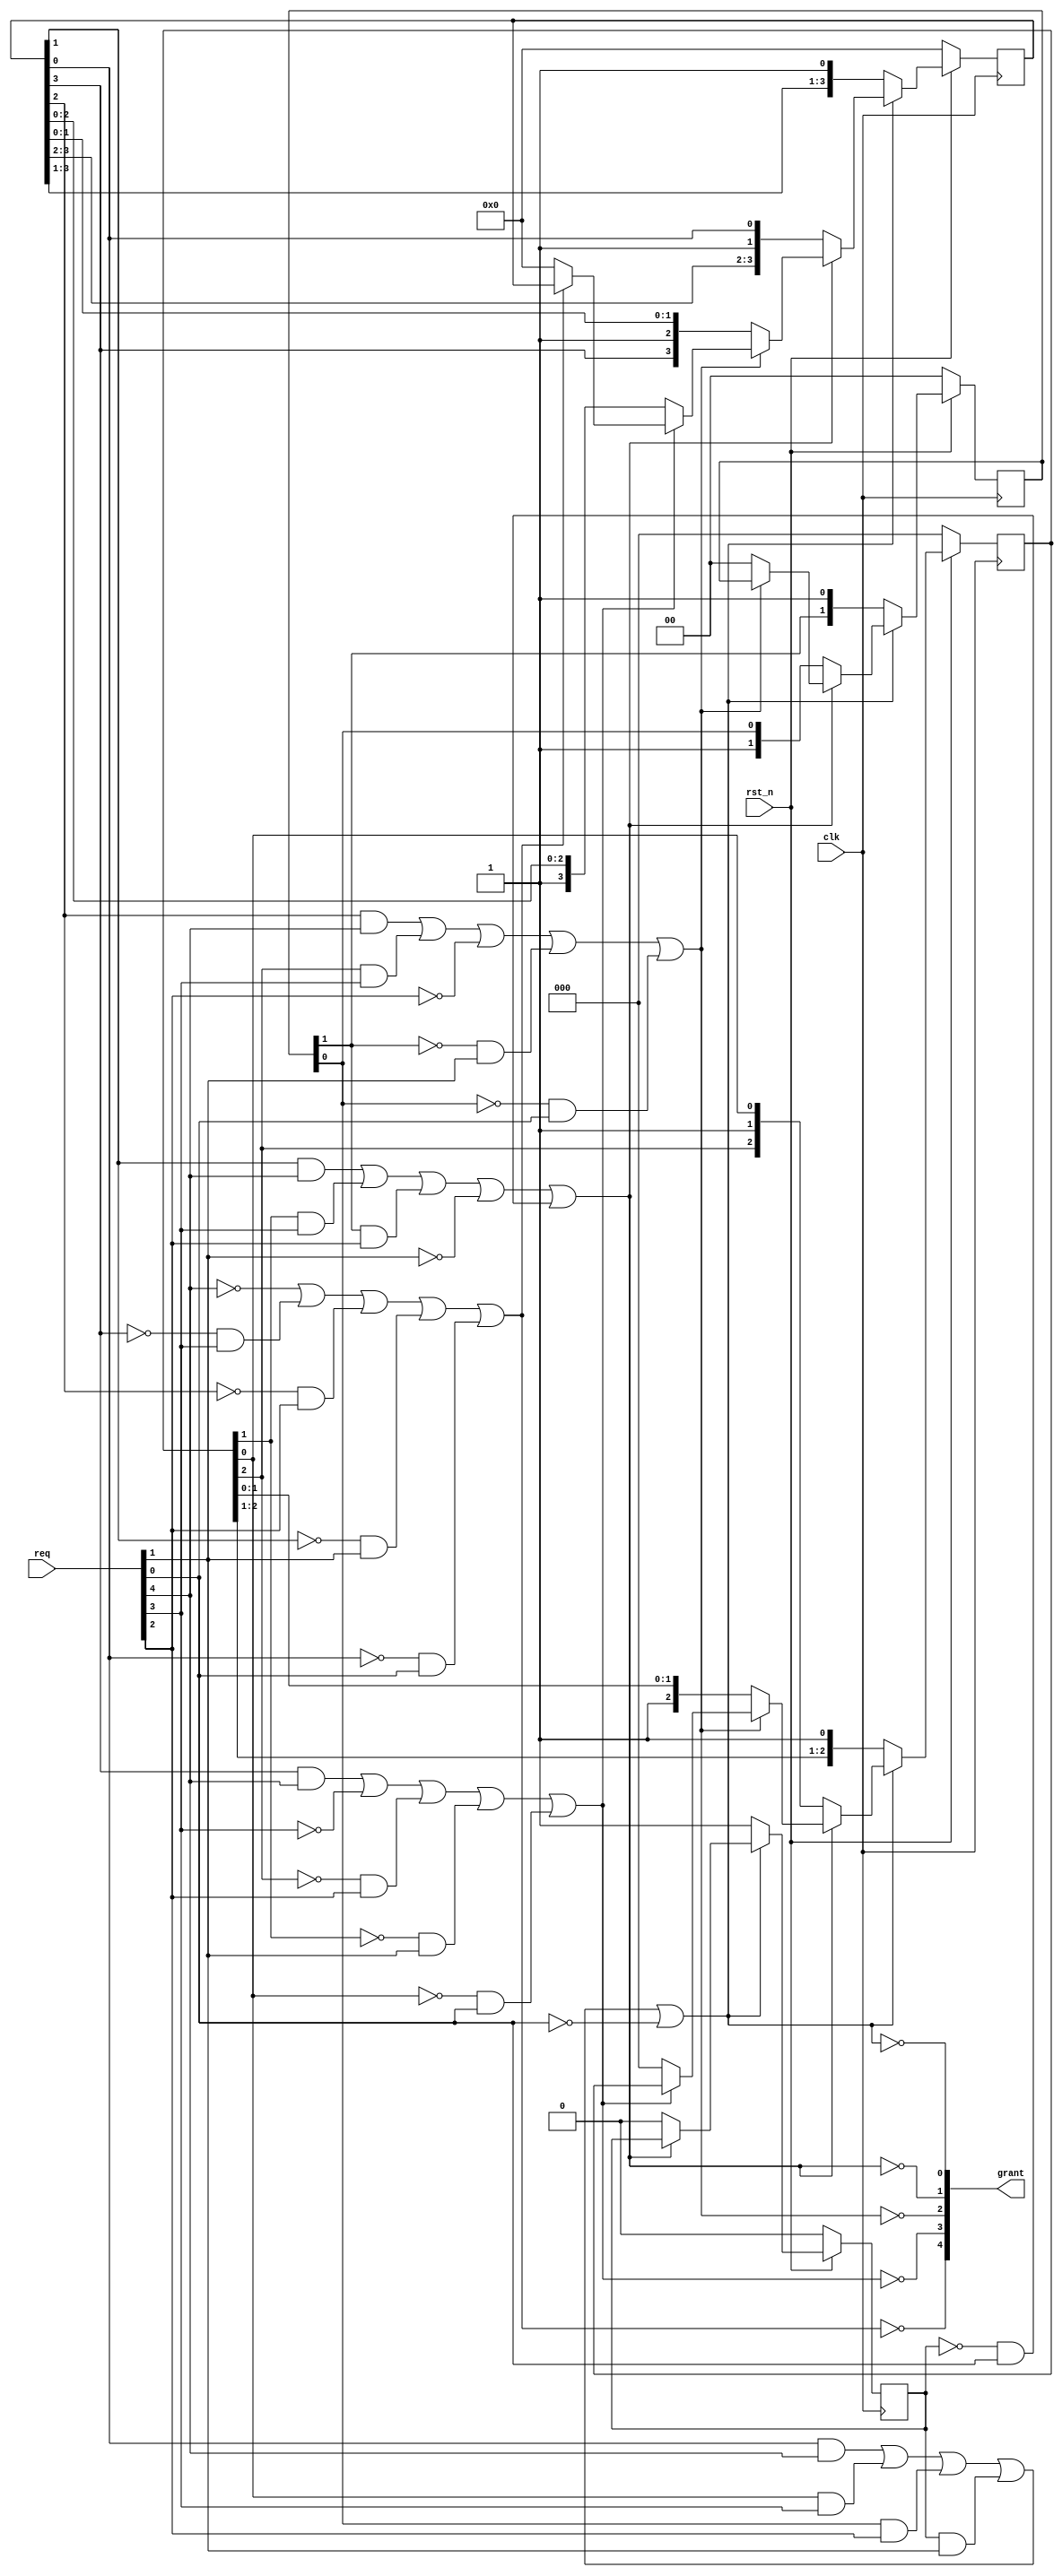

// A basic 5-input matrix arbiter
// Brucek's code
// Added reset signal to make it synthesizable verilog (removed initial)

module matrix5arb (
   		   input clk,
   		   input rst_n,
   		   input [4:0] req,
   		   output [4:0] grant
   		   );

   // "State" contains the information "i before j"
   // e.g. if state12[7] = 1 then 12 has higher priority than 7
   // but  if state12[7] = 0 then 12 has lower priority than 7
   
   // Here's the matrix arbiter
   wire [4:0] 	row4,row3,row2,row1,row0;
   reg [3:0] 	nxt_state4;
   reg [2:0] 	nxt_state3;
   reg [1:0] 	nxt_state2;
   reg 		nxt_state1;
   reg [3:0] 	state4;
   reg [2:0] 	state3;
   reg [1:0] 	state2;
   reg 		state1;
   
   // Update the matrix with new priorities
   always @(grant or state4 or state3 or state2 or state1)
     begin
	if (grant[0]) 
	  begin
	     nxt_state4 = {state4[3:1],1'b1};
	     nxt_state3 = {state3[2:1],1'b1};
	     nxt_state2 = {state2[1],1'b1};
	     nxt_state1 = 1'b1;
	  end 

	else if (grant[1])
	  begin
	     nxt_state4 = {state4[3:2],1'b1,state4[0]};
	     nxt_state3 = {state3[2],1'b1,state3[0]};
	     nxt_state2 = {1'b1,state2[0]};
	     nxt_state1 = 1'b0;
	  end 
	else if (grant[2])
	  begin
	     nxt_state4 = {state4[3],1'b1,state4[1:0]};
	     nxt_state3 = {1'b1,state3[1:0]};
	     nxt_state2 = 2'b0;
	     nxt_state1 = state1;
	  end 
	else if (grant[3])
	  begin
	     nxt_state4 = {1'b1,state4[2:0]};
	     nxt_state3 = 3'b0;
	     nxt_state2 = state2;
	     nxt_state1 = state1;
	  end 
	else if (grant[4])
	  begin
	     nxt_state4 = 4'b0;
	     nxt_state3 = state3;
	     nxt_state2 = state2;
	     nxt_state1 = state1;
	  end 
	else 
	  begin
	     nxt_state4 = state4;
	     nxt_state3 = state3;
	     nxt_state2 = state2;
	     nxt_state1 = state1;
	  end
     end   
   
   // convert upper triangular matrix to full matrix
   assign row4  = {1'bx,state4};
   assign row3  = {~state4[3],1'bx,state3};
   assign row2  = {~state4[2],~state3[2],1'bx,state2};
   assign row1  = {~state4[1],~state3[1],~state2[1],1'bx,state1};
   assign row0  = {~state4[0],~state3[0],~state2[0],~state1,1'bx};
   
   
   // Use the matrix to compute the grant in logarithmic time
   assign grant[4] = ~( (~req[4])	 |
			(row3[4]&req[3]) |
			(row2[4]&req[2]) |
			(row1[4]&req[1]) |
			(row0[4]&req[0])    );
   
   assign grant[3] = ~( (row4[3]&req[4]) |
			(~req[3])	 |
			(row2[3]&req[2]) |
			(row1[3]&req[1]) |
			(row0[3]&req[0])    );
   
   assign grant[2] = ~( (row4[2]&req[4]) |
			(row3[2]&req[3]) |
			(~req[2])   	 |
			(row1[2]&req[1]) |
			(row0[2]&req[0])    );

   assign grant[1] = ~( (row4[1]&req[4]) |
			(row3[1]&req[3]) |
			(row2[1]&req[2]) |
			(~req[1])        |
			(row0[1]&req[0])    );

   assign grant[0] = ~( (row4[0]&req[4]) |
			(row3[0]&req[3]) |
			(row2[0]&req[2]) |
			(row1[0]&req[1]) |
			(~req[0])           );
   
   always @(posedge clk) 
     begin
	if (!rst_n)
	  begin
	     state4 <= 4'b0000;
	     state3 <= 3'b000;
	     state2 <= 2'b00;
	     state1 <= 1'b0;
	  end
	else
	  begin
	     state4 <= nxt_state4;
	     state3 <= nxt_state3;
	     state2 <= nxt_state2;
	     state1 <= nxt_state1;
	  end
     end

endmodule // matrix5arb